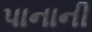
પાનાની